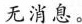
无消息。